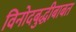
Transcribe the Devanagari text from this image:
विनोदबुद्धीबाबत